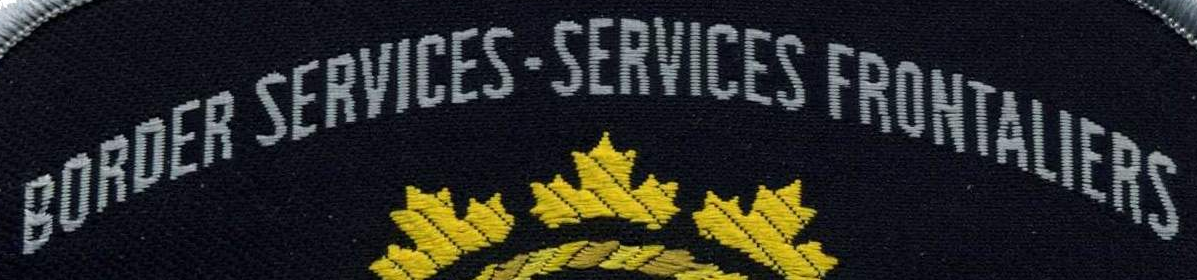
BORDER SERVICES.SERVICES FRONTALIERS